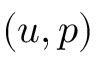
( u , p )